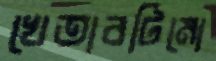
খেতাবটিমো